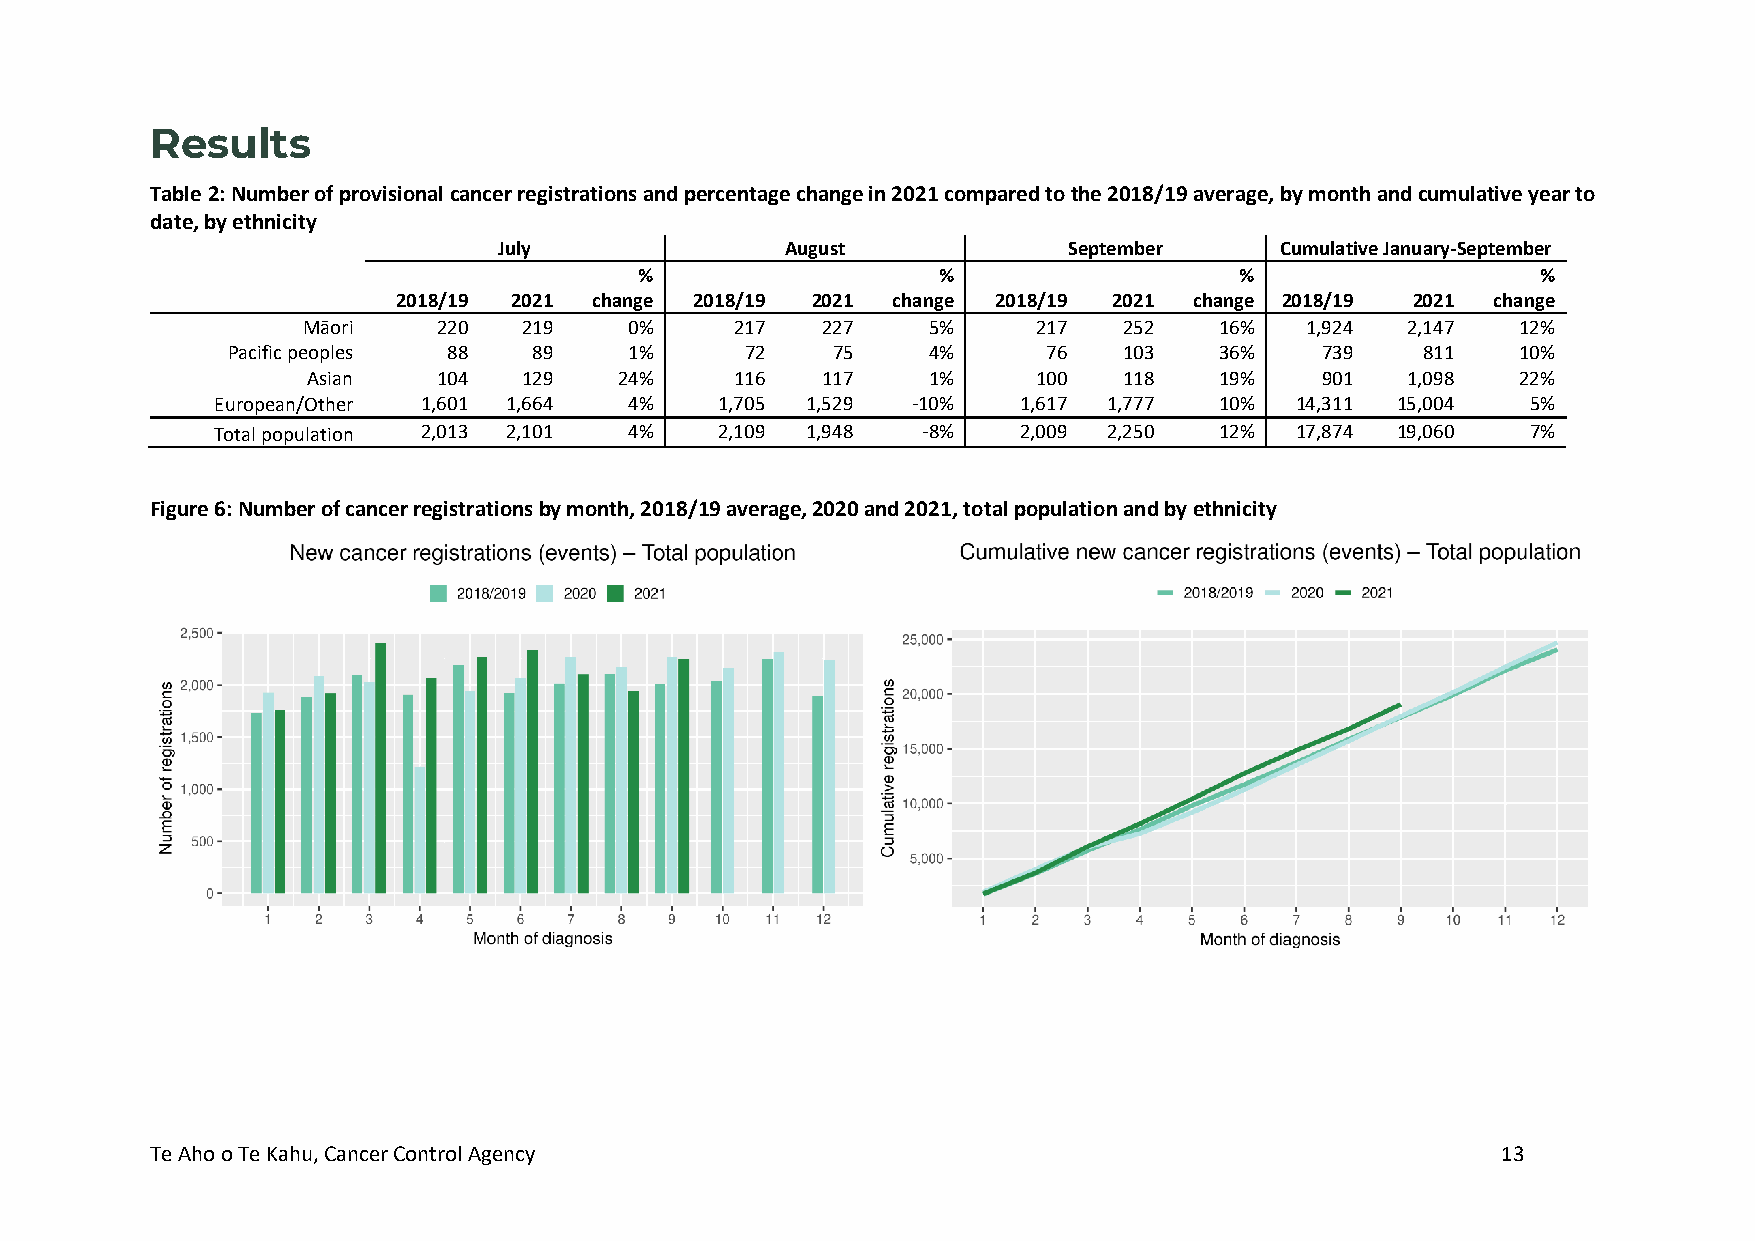
Results
 Table 2: Number of provisional cancer registrations and percentage change in 2021 compared to the 2018/19 average, by month and cumulative year to
 date, by ethnicity
 July               August             September     Cumulative January-September
 %                   %                   %                   %
 2018/19 2021 change 2018/19 2021 change 2018/19 2021 change 2018/19 2021 change
 Māori    220   219    0%     217  227    5%      217  252    16%  1,924  2,147   12%
 Pacific peoples 88  89     1%     72    75    4%      76   103    36%   739    811    10%
 Asian    104   129   24%     116  117    1%      100  118    19%   901   1,098   22%
 European/Other 1,601 1,664  4%    1,705 1,529 -10%   1,617 1,777   10%  14,311 15,004  5%
 Total population 2,013 2,101 4%   2,109 1,948  -8%   2,009 2,250   12%  17,874 19,060  7%
 Figure 6: Number of cancer registrations by month, 2018/19 average, 2020 and 2021, total population and by ethnicity
 Te Aho o Te Kahu, Cancer Control Agency                                                  13